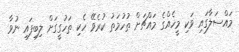
މައްސަލާގައި ވަކި މީހެއްގެ މައްޗަށް ތުހުމަތު ކުރެވޭ ހެކި ތަހުގީގަށް ލިބިފައި ނުވާ